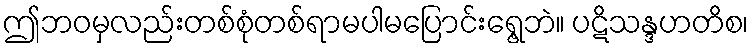
ဤဘဝမှလည်းတစ်စုံတစ်ရာမပါမပြောင်းရွေ့ဘဲ။ ပဋိသန္ဒဟတိစ၊